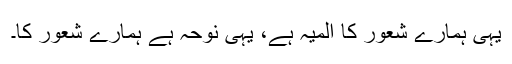
یہی ہمارے شعور کا المیہ ہے، یہی نوحہ ہے ہمارے شعور کا۔